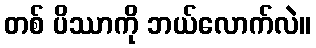
တစ် ပိဿာကို ဘယ်လောက်လဲ။